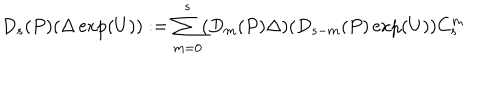
D _ { s } ( P ) ( \Delta \exp ( U ) ) : = \sum _ { m = 0 } ^ { s } ( D _ { m } ( P ) \Delta ) ( D _ { s - m } ( P ) \exp ( U ) ) C _ { s } ^ { m }